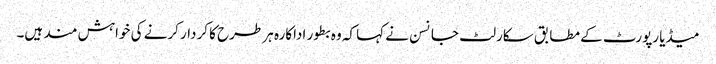
میڈیا رپورٹ کے مطابق سکارلٹ جانسن نے کہا کہ وہ بطور اداکارہ ہر طرح کا کردار کرنے کی خواہش مند ہیں۔